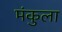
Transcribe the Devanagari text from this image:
मंकुला